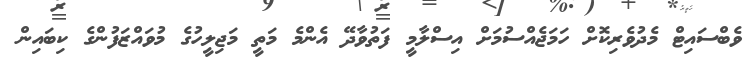
ވެބްސައިޓް މެދުވެރިކޮށް ހަމަޖެއްސުމަށް އިސްލާމީ ފަތުވާދޭ އެންމެ މަތީ މަޖިލީހުގެ މުވައްޒަފުންގެ ކިބައިން